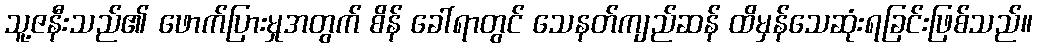
သူ့ဇနီးသည်၏ ဖောက်ပြားမှုအတွက် စိန် ခေါ်ရာတွင် သေနတ်ကျည်ဆန် ထိမှန်သေဆုံးရခြင်းဖြစ်သည်။